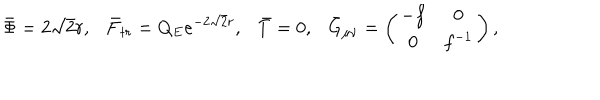
\bar { \Phi } = 2 \sqrt 2 r , \bar { F } _ { t r } = Q _ { E } e ^ { - 2 \sqrt 2 r } , \bar { T } = 0 , { } \bar { G } _ { \mu \nu } = \left( \begin{array} { c c } { { - f } } & { { 0 } } \\ { { 0 } } & { { f ^ { - 1 } } } \\ \end{array} \right) ,